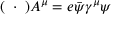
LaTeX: ( \mathbf { \partial } \cdot \mathbf { \partial } ) A ^ { \mu } = e { \bar { \psi } } \gamma ^ { \mu } \psi